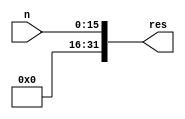
module zeroExtension(
    input [15:0] n,
    output [31:0] res
);

assign res = {16'b0,n};

endmodule